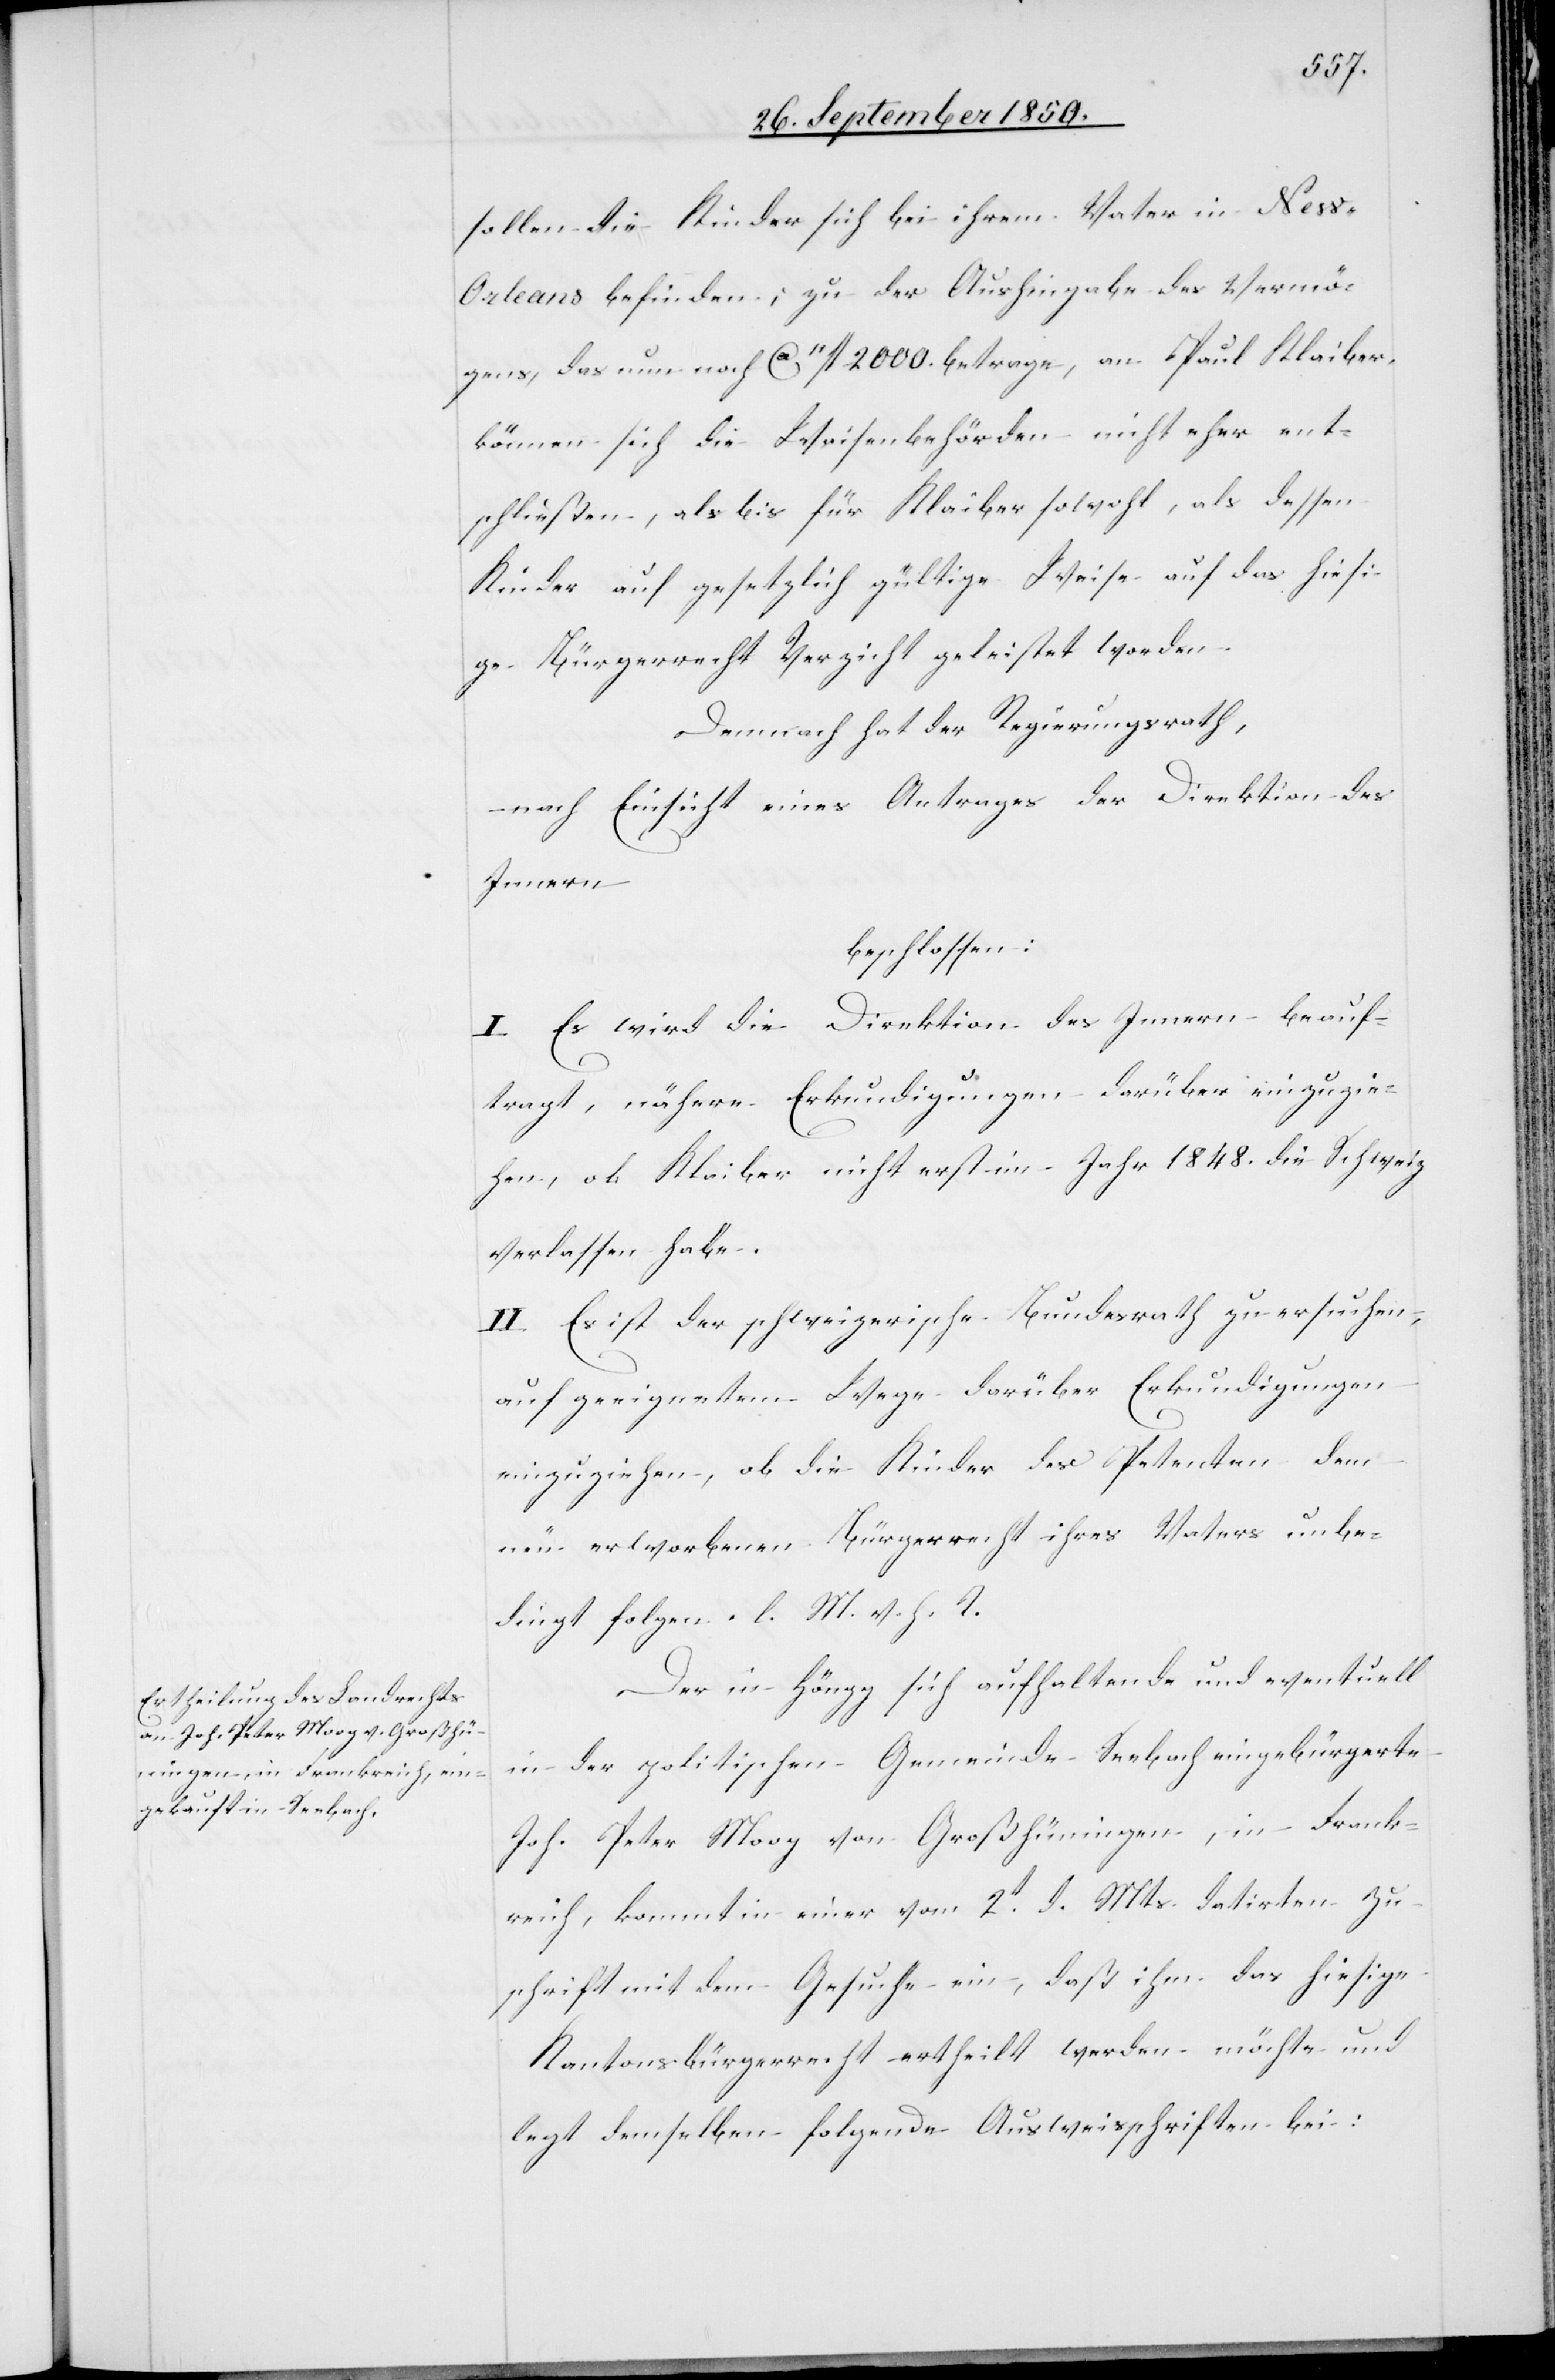
sollen die Kinder sich bei ihrem Vater in New-O¬
rleans befinden; zu der Aushingabe des Vermö¬
gens, das nun noch ca 11fl 2000. betrage, an Paul Klaiber,
können sich die Waisenbehörden nicht eher ent¬
schließen, als bis für Klaiber sowohl, als dessen
Kinder auf gesetzlich gültige Weise auf das hiesi¬
ge Bürgerrecht Verzicht geleistet worden.
Demnach hat der Regierungsrath,
nach Einsicht eines Antrages der Direktion des
Innern
beschlossen:
I. Es wird die Direktion des Innern beauf¬
tragt, nähere Erkundigungen darüber einzuzie¬
hen, ob Klaiber nicht erst im Jahr 1848. die Schweiz
verlassen habe.
II. Es ist der schweizerische Bundesrath zu ersuchen,
auf geeignetem Wege darüber Erkundigungen
einzuziehen, ob die Kinder des Petenten dem
neu erworbenen Bürgerrecht ihres Vaters unbe¬
dingt folgen. l. M. v. h. T.
Der in Höngg sich aufhaltende und eventuell
in der politischen Gemeinde Seebach eingebürgerte
Joh. Peter Moog von Großhüningen, in Frank¬
reich, kommt in einer vom 2t v. Mts. datirten Zu¬
schrift mit dem Gesuche ein, daß ihm das hiesige
Kantonsbürgerrecht ertheilt werden möchte und
legt demselben folgende Ausweisschriften bei: